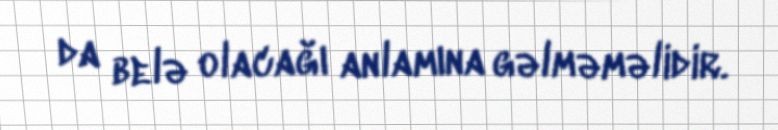
da belə olacağı anlamına gəlməməlidir.